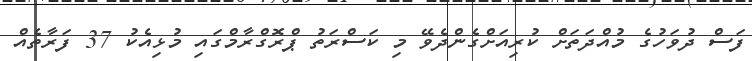
ފަސް ދުވަހުގެ މުއްދަތަށް ކުރިއަށްގެންދެވޭ މި ކަސްރަތު ޕްރޮގްރާމްގައި މުޅިއެކު 37 ފަރާތެއް